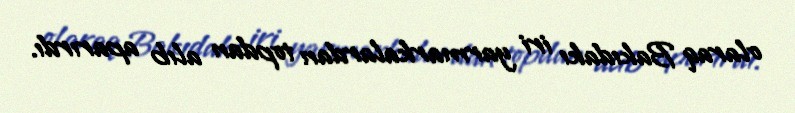
olaraq Bakıdakı iri yarmarkalardan topdan alıb aparırdı.